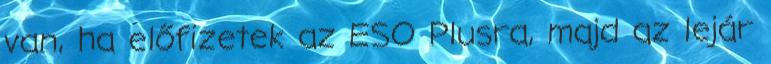
van, ha előfizetek az ESO Plusra, majd az lejár